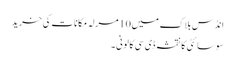
انڈس بلاک میں 10 مرلہ مکانات کی خرید
سوسائٹی کا نقشہ ڈی سی کالونی ۔